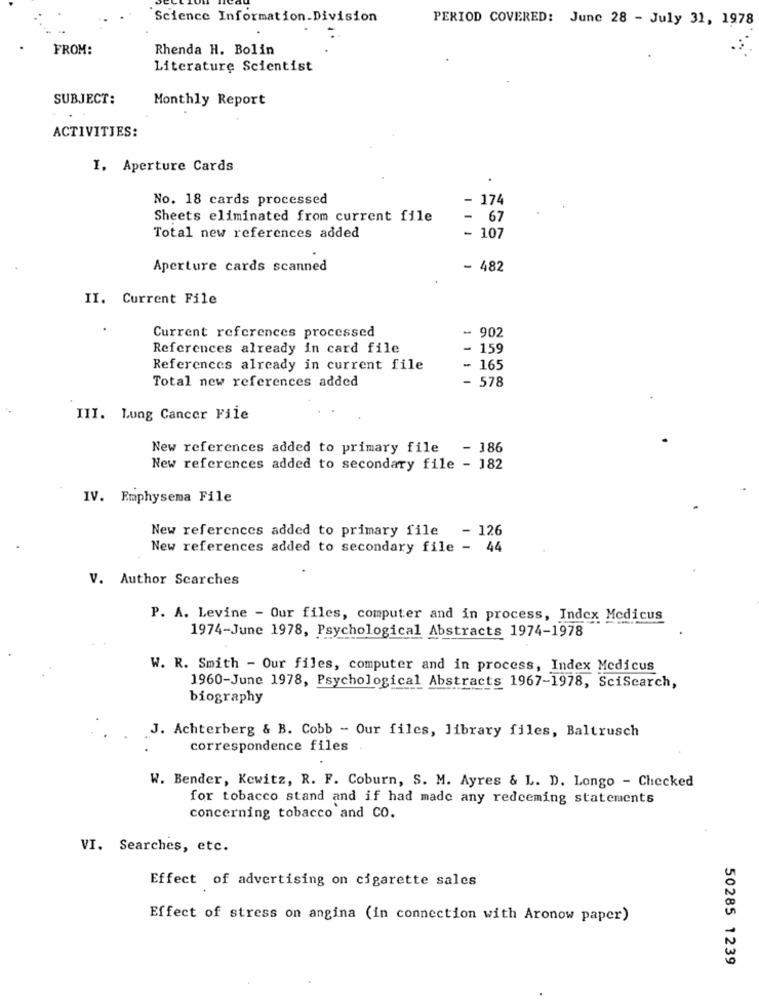
Science Information.Division
PERIOD COVERED: June 28 - July 31, 1978
FROM:
Rhenda H. Bolin
Literature Scientist
SUBJECT:
Monthly Report
ACTIVITIES:
I. Aperture Cards
No. 18 cards processed
- 174
Sheets eliminated from current file
- 67
Total new references added
- 107
Aperture cards scanned
- 482
II. Current File
- 902
Current references processed
References already in card file
- 159
References already in current file
- 165
Total new references added
- !
III. Lung Cancer File
New references added to primary file - 186
New references added to secondary file - 182
IV. Emphysema File
New references added to primary file - 126
New references added to secondary file - 44
V. Author Scarches
P. A. Levine - Our files, computer and in process, Index Medicus
1974-June 1978, Psychological Abstracts 1974-1978
W. R. Smith - Our files, computer and in process, Index Medicus
1960-June 1978, Psychological Abstracts 1967-1978, SciSearch,
biography
J. Achterberg & B. Cobb - Our files, library files, Baltrusch
correspondence files
W. Bender, Kewitz, R. F. Coburn, S. M. Ayres & L. D. Longo - Checked
for tobacco stand and if had made any redeeming statements
concerning tobacco and CO.
VI. Searches, etc.
Effect of advertising on cigarette sales
Effect of stress on angina (in connection with Aronow paper)
50285 1239